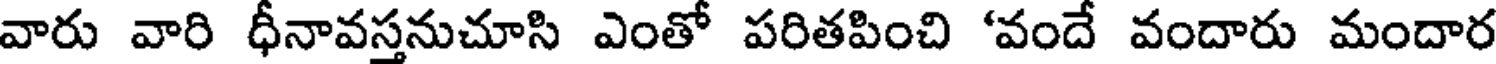
వారు వారి ధీనావస్తనుచూసి ఎంతో పరితపించి 'వందే వందారు మందార